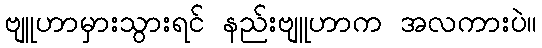
ဗျူဟာမှားသွားရင် နည်းဗျူဟာက အလကားပဲ။